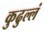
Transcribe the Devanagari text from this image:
कुढुल्लं